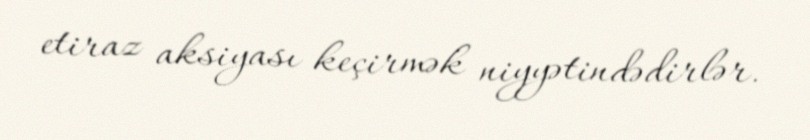
etiraz aksiyası keçirmək niyyətindədirlər.